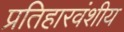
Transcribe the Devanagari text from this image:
प्रतिहारवंशीय